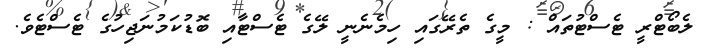
ލެބޯޓްރީ ޓެސްޓުތައް : މީގެ ތެރޭގައި ހިމެނެނީ ލޭގެ ޓެސްޓާއި ބޮޑުކަމުނަޖިހުގެ ޓެސްޓެވެ.